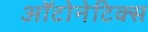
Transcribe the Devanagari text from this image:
ऑटोनेटिक्स